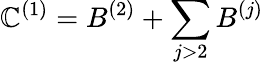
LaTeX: \mathbb{C}^{(1)}=B^{(2)}+\sum_{j>2}B^{(j)}